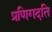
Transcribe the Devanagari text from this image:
प्रणिगदति